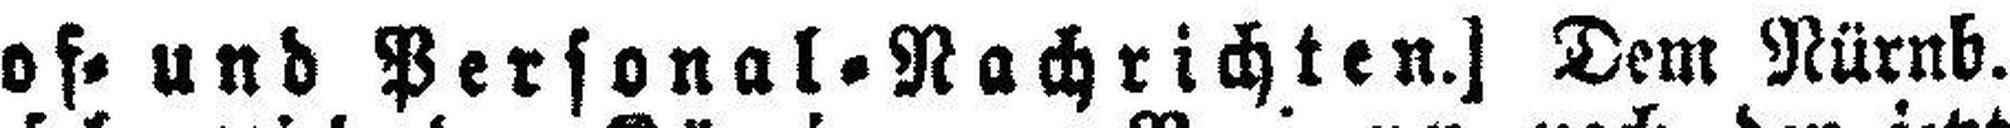
[Hof= und Personal=Nachrichten.] Dem Nürnb.